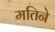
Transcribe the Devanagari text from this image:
मतिने